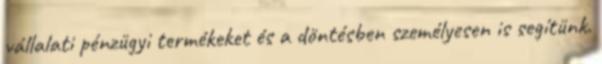
vállalati pénzügyi termékeket és a döntésben személyesen is segítünk.